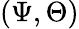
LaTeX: (\Psi,\Theta)